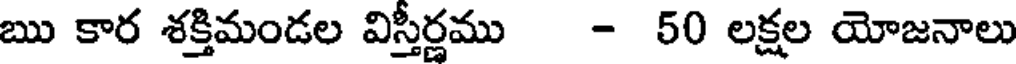
ఋ కార శక్తిమండల విస్తీర్ణము - 50 లక్షల యోజనాలు